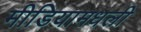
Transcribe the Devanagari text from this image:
मीडियामधली